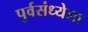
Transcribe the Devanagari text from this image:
पुर्वसंध्येला